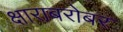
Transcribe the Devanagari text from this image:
क्षाराबरोबर